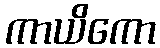
ကာယိကော